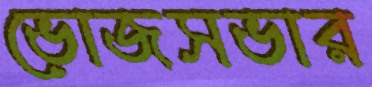
ভোজসভার